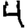
Digit: 4